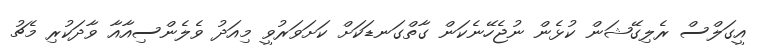
އީގަލްސް ރެލިގޭޝަން ކުޅެން ނުޖެހޭނެކަން ގާތްގަނޑަކަށް ކަށަވަރުވީ މިއަދު ވެލެންސިއާއާ ވާދަކުރި މެޗު